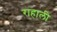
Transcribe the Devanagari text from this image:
राहाली